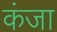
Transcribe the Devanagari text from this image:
कंजा